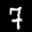
Label: 7